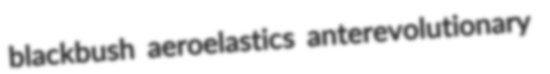
blackbush aeroelastics anterevolutionary